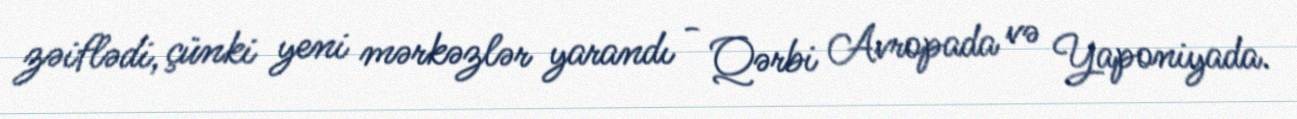
zəiflədi, çünki yeni mərkəzlər yarandı - Qərbi Avropada və Yaponiyada.